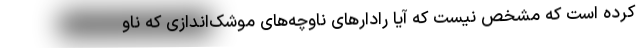
کرده است که مشخص نیست که آیا رادارهای ناوچه‌های موشک‌اندازی که ناو